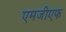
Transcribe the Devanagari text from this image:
एमजीएफ